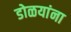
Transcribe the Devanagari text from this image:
डोळयांना